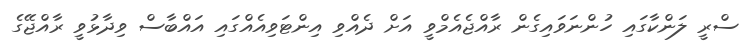
ސްރީ ލަންކާގައި ހުންނަވައިގެން ރާއްޖެއެމްވީ އަށް ދެއްވި އިންޓަވިއެއްގައި އައްބާސް ވިދާޅުވީ ރާއްޖޭގެ